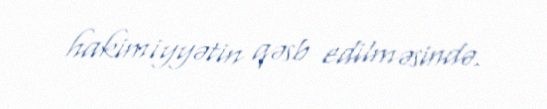
hakimiyyətin qəsb edilməsində.